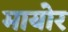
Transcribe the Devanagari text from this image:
मायोर